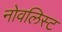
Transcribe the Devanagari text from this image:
नोवलिस्ट